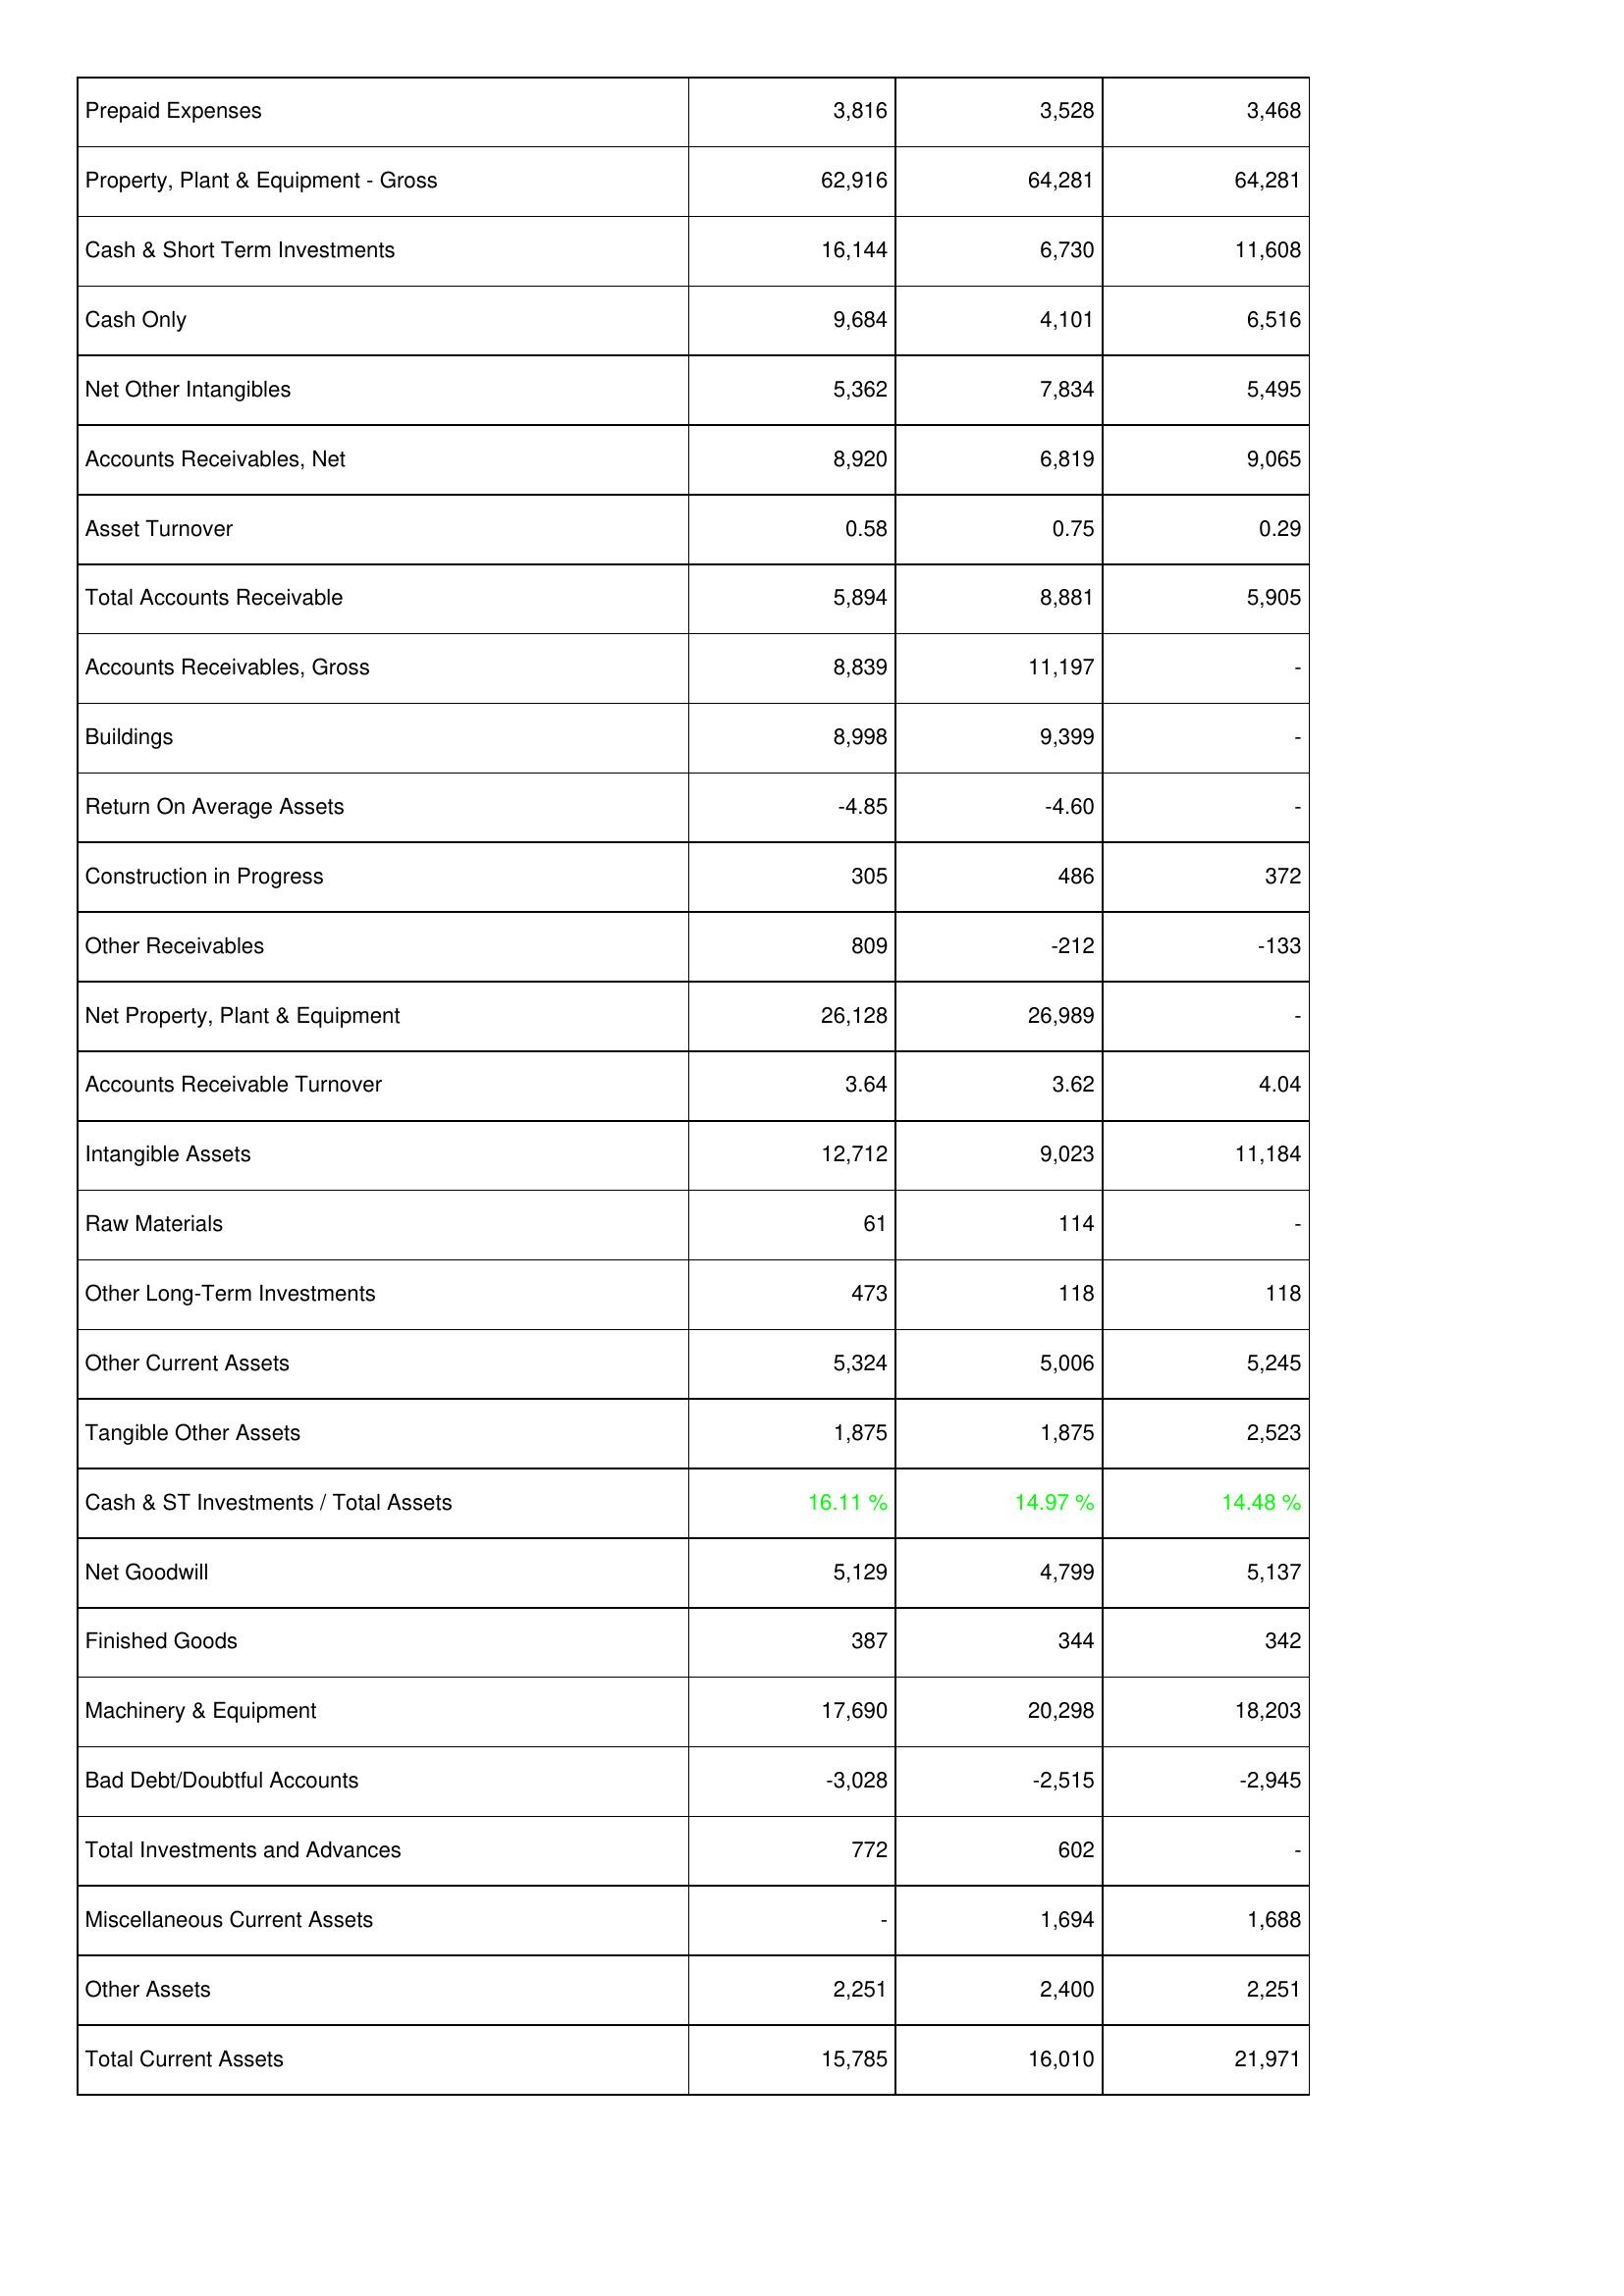
2015: Assets: Prepaid Expenses: 3,816
Property, Plant & Equipment - Gross: 62,916
Cash & Short Term Investments: 16,144
Cash Only: 9,684
Net Other Intangibles: 5,362
Accounts Receivables, Net: 8,920
Asset Turnover: 0.58
Total Accounts Receivable: 5,894
Accounts Receivables, Gross: 8,839
Buildings: 8,998
Return On Average Assets: -4.85
Construction in Progress: 305
Other Receivables: 809
Net Property, Plant & Equipment: 26,128
Accounts Receivable Turnover: 3.64
Intangible Assets: 12,712
Raw Materials: 61
Other Long-Term Investments: 473
Other Current Assets: 5,324
Tangible Other Assets: 1,875
Cash & ST Investments / Total Assets: 16.11 %
Net Goodwill: 5,129
Finished Goods: 387
Machinery & Equipment: 17,690
Bad Debt/Doubtful Accounts: -3,028
Total Investments and Advances: 772
Miscellaneous Current Assets: -
Other Assets: 2,251
Total Current Assets: 15,785
2016: Assets: Prepaid Expenses: 3,528
Property, Plant & Equipment - Gross: 64,281
Cash & Short Term Investments: 6,730
Cash Only: 4,101
Net Other Intangibles: 7,834
Accounts Receivables, Net: 6,819
Asset Turnover: 0.75
Total Accounts Receivable: 8,881
Accounts Receivables, Gross: 11,197
Buildings: 9,399
Return On Average Assets: -4.60
Construction in Progress: 486
Other Receivables: -212
Net Property, Plant & Equipment: 26,989
Accounts Receivable Turnover: 3.62
Intangible Assets: 9,023
Raw Materials: 114
Other Long-Term Investments: 118
Other Current Assets: 5,006
Tangible Other Assets: 1,875
Cash & ST Investments / Total Assets: 14.97 %
Net Goodwill: 4,799
Finished Goods: 344
Machinery & Equipment: 20,298
Bad Debt/Doubtful Accounts: -2,515
Total Investments and Advances: 602
Miscellaneous Current Assets: 1,694
Other Assets: 2,400
Total Current Assets: 16,010
2017: Assets: Prepaid Expenses: 3,468
Property, Plant & Equipment - Gross: 64,281
Cash & Short Term Investments: 11,608
Cash Only: 6,516
Net Other Intangibles: 5,495
Accounts Receivables, Net: 9,065
Asset Turnover: 0.29
Total Accounts Receivable: 5,905
Accounts Receivables, Gross: -
Buildings: -
Return On Average Assets: -
Construction in Progress: 372
Other Receivables: -133
Net Property, Plant & Equipment: -
Accounts Receivable Turnover: 4.04
Intangible Assets: 11,184
Raw Materials: -
Other Long-Term Investments: 118
Other Current Assets: 5,245
Tangible Other Assets: 2,523
Cash & ST Investments / Total Assets: 14.48 %
Net Goodwill: 5,137
Finished Goods: 342
Machinery & Equipment: 18,203
Bad Debt/Doubtful Accounts: -2,945
Total Investments and Advances: -
Miscellaneous Current Assets: 1,688
Other Assets: 2,251
Total Current Assets: 21,971